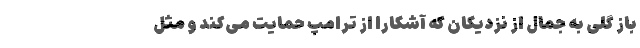
باز گُلی به جمال از نزدیکان که آشکارا از ترامپ حمایت می‌کند و مثل